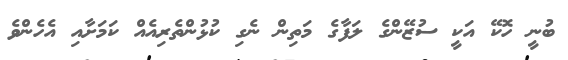
ބުނީ ހޮކޭ އަކީ ސުޒޭންގެ ލަފާގެ މަތިން ނެގި ކުޅުންތެރިއެއް ކަމަށާއި އެހެންވެ